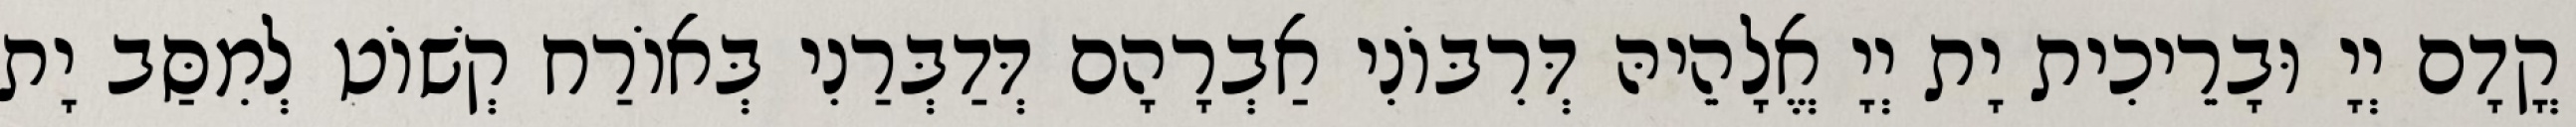
קֳדָם יְיָ וּבָרֵיכִית יָת יְיָ אֱלָהֵיהּ דְּרִבּוֹנִי אַבְרָהָם דְּדַבְּרַנִי בְּאוֹרַח קְשׁוֹט לְמִסַּב יָת